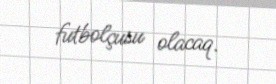
futbolçusu olacaq.